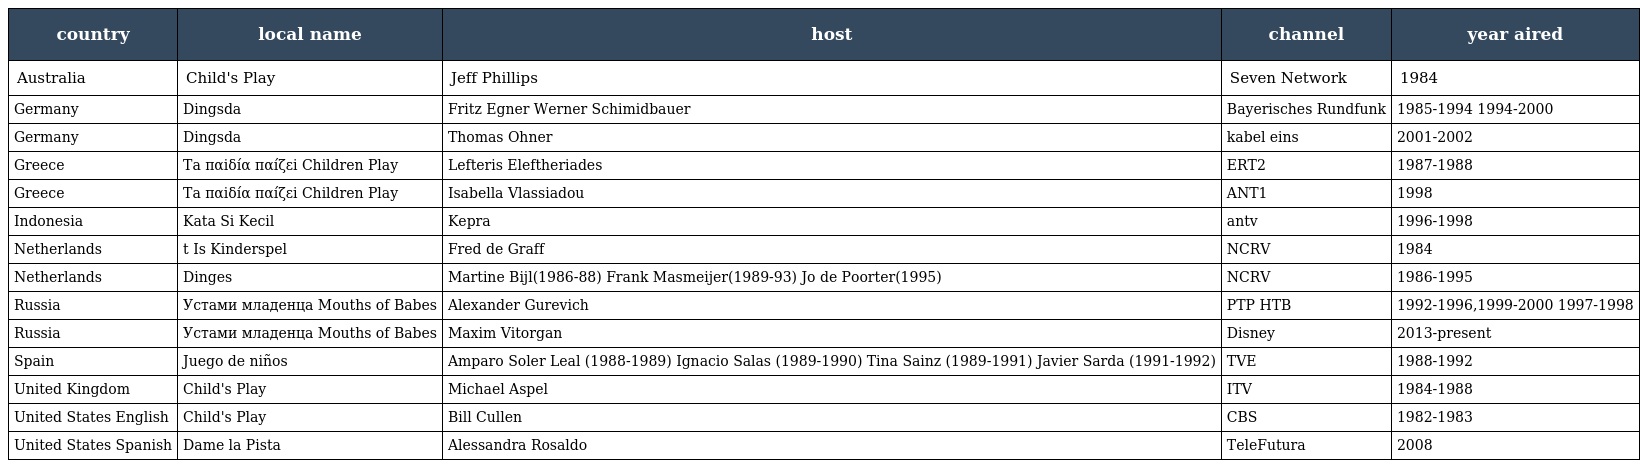
| country | local name | host | channel | year aired |
 | --- | --- | --- | --- | --- |
 | Australia | Child's Play | Jeff Phillips | Seven Network | 1984 |
 | Germany | Dingsda | Fritz Egner Werner Schimidbauer | Bayerisches Rundfunk | 1985-1994 1994-2000 |
 | Germany | Dingsda | Thomas Ohner | kabel eins | 2001-2002 |
 | Greece | Ta παiδíα παíζεi Children Play | Lefteris Eleftheriades | ERT2 | 1987-1988 |
 | Greece | Ta παiδíα παíζεi Children Play | Isabella Vlassiadou | ANT1 | 1998 |
 | Indonesia | Kata Si Kecil | Kepra | antv | 1996-1998 |
 | Netherlands | t Is Kinderspel | Fred de Graff | NCRV | 1984 |
 | Netherlands | Dinges | Martine Bijl(1986-88) Frank Masmeijer(1989-93) Jo de Poorter(1995) | NCRV | 1986-1995 |
 | Russia | Уcтaми млaденцa Mouths of Babes | Alexander Gurevich | PTP HTB | 1992-1996,1999-2000 1997-1998 |
 | Russia | Уcтaми млaденцa Mouths of Babes | Maxim Vitorgan | Disney | 2013-present |
 | Spain | Juego de niños | Amparo Soler Leal (1988-1989) Ignacio Salas (1989-1990) Tina Sainz (1989-1991) Javier Sarda (1991-1992) | TVE | 1988-1992 |
 | United Kingdom | Child's Play | Michael Aspel | ITV | 1984-1988 |
 | United States English | Child's Play | Bill Cullen | CBS | 1982-1983 |
 | United States Spanish | Dame la Pista | Alessandra Rosaldo | TeleFutura | 2008 |